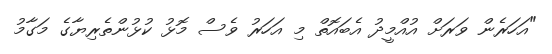
"އަހަރެން ވަރަށް އުއްމީދު އެބައޮތް މި އަހަރު ވެސް މޮޅު ކުޅުންތެރިޔާގެ މަގާމު